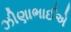
ઝીણાભાઈએ